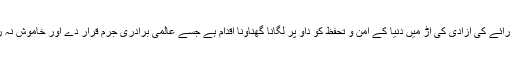
اظہارِ رائے کی آزادی کی آڑ میں دنیا کے امن و تحفظ کو داؤ پر لگانا گھناؤنا اقدام ہے جسے عالمی برادری جرم قرار دے اور خاموش نہ رہے”۔